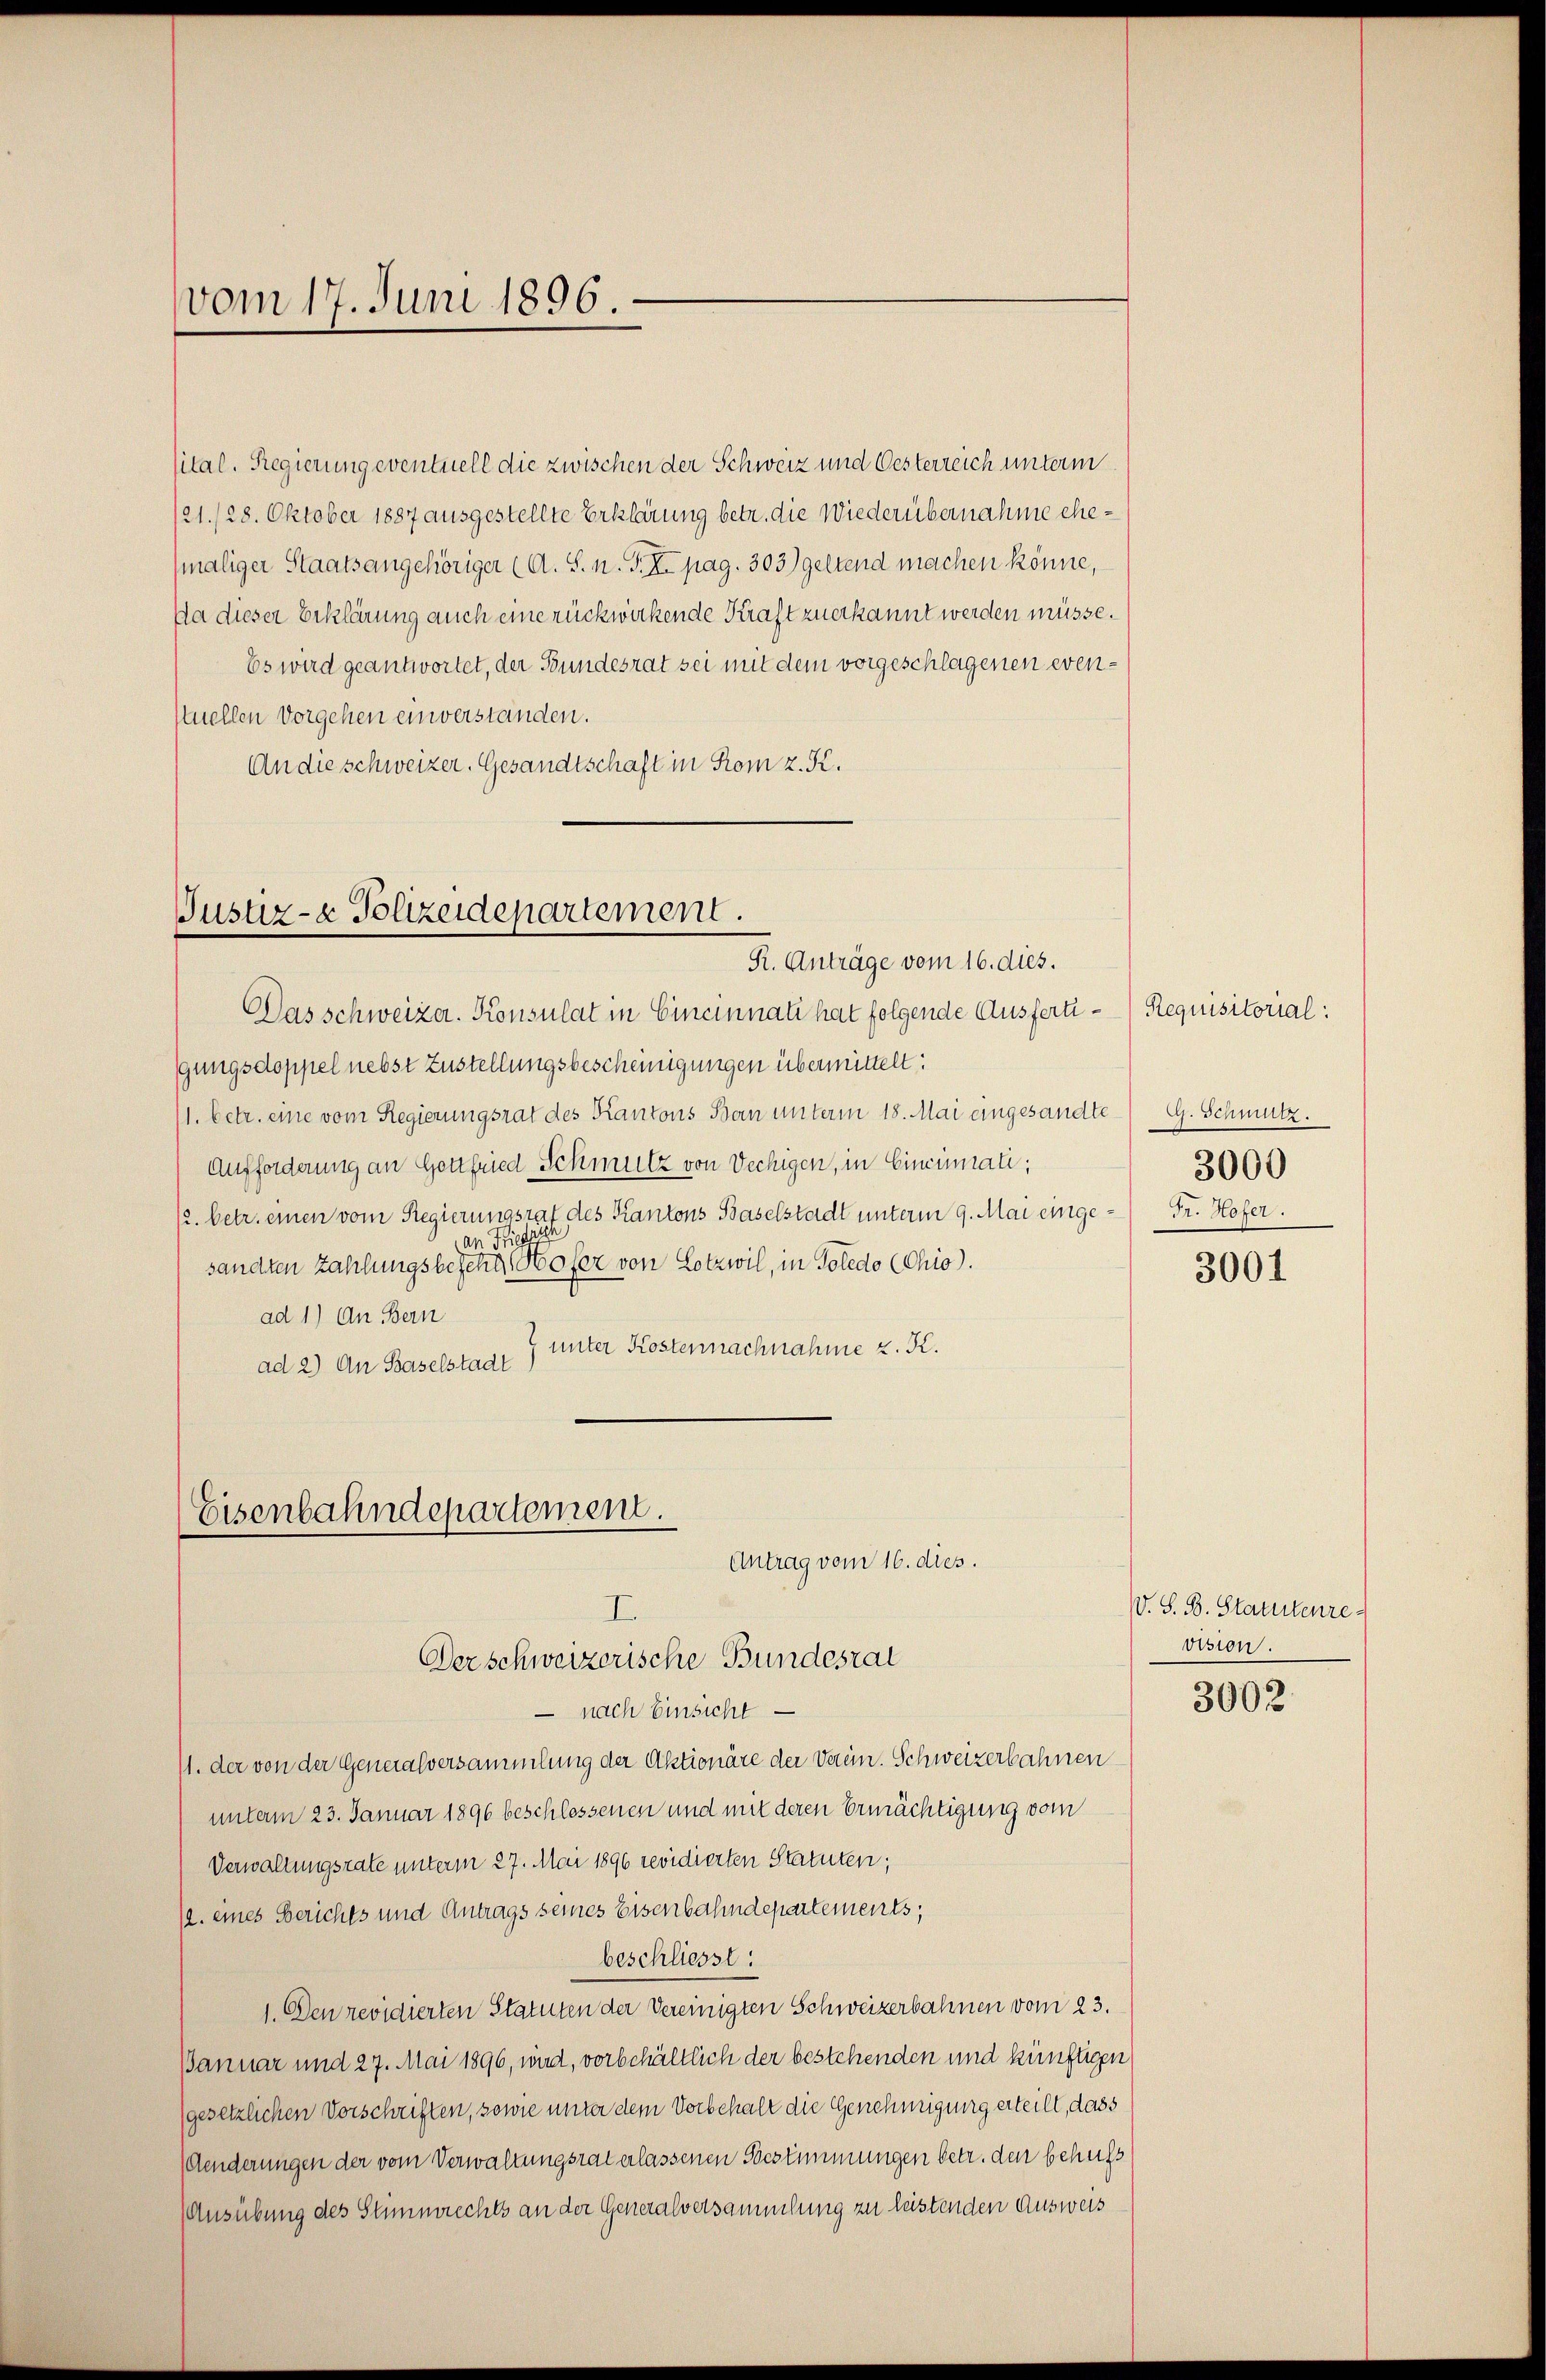
vom 17. Juni 1896.

sital. Regierung eventuell die zwischen der Schweiz und Oesterreich unterm
21./28. Oktober 1887 ausgestellte Erklärung betr. die Wiederübernahme ehe¬
(maliger Staatsangehöriger (A. S. n. F. XI. pag. 303) geltend machen könne,
Da dieser Erklärung auch eine rückwirkende Kraft zuerkannt werden müsse.
Es wird geantwortet, der Bundesrat sei mit dem vorgeschlagenen evenstuellen Vorgehen einverstanden.
An die schweizer. Gesandtschaft in Rom z. K.

Justiz- & Polizeidepartement.
R. Anträge vom 16. dies.

Das schweizer. Konsulat in Cincinnati hat folgende Ausferti - Requisitorial:
gungsdoppel nebst Zustellungsbescheinigungen übermittelt:
1. betr. eine vom Regierungsrat des Kantons Ban unterm 18. Mai eingesandte G. Schmutz.
Aufforderung an Gottfried Schmutz von Vechigen, in Cincinati;
/2. betr. einen vom Regierungsrat des Kantons Baselstadt unterm 9. Mai einge-Fr. Hofer.
 Fristisch
sandten Zahlungsbesche Hofer von Lotzwil, in Toledo (Chio).
ad 1) An Bern
" unter Kostennachnahme z. K.
ad 2) An Baselstadt
- nach Einsicht
11. der von der Generalversammlung der Aktionäre der Verein. Schweizerbahnen
unterm 23. Januar 1896 beschlossenen und mit deren Ermächtigung vom
Verwaltungsrate unterm 27. Mai 1896 revidierten Statuten;
12. eines Berichts und Antrags seines Eisenbahndepartements;
beschliesst:
1. Den revidierten Statuten der Vereinigten Schweizerbahnen vom 23.
Januar und 27. Mai 1896, wird, vorbehältlich der bestehenden und künftigen
(gesetzlichen Vorschriften, sowie unter dem Vorbehalt die Genehmigung erteilt, dass
Aenderungen der vom Verwaltungsrat erlassenen Bestimmungen betr. den behufs
Ausübung des Stimmrechts an der Generalversammlung zu leistenden Ausweis

Eisenbahndepartement.
Antrag vom 16. dies.
I
Der schweizerische Bundesrat

3000

3001

V. S. B. Statutenre
vision.

3002